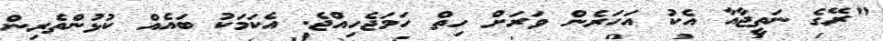
"ރޭގެ ނަތީޖާއާ އެކު އަހަރެން ވަރަށް ހިތް ހަމަޖެހިއްޖެ. އެކަމަކު ބައެއް ކުޅުންތެރިން